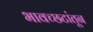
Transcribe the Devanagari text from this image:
भावच्छटांतून